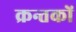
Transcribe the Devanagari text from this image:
क्रन्तकों